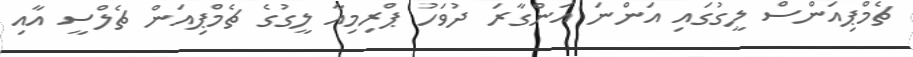
ޗެމްޕިއަންސް ލީގުގައި އަންނަ އަންގާރަ ދުވަހު ޕްރިމިއާ ލީގުގެ ޗެމްޕިއަން ޗެލްސީ އާއި